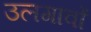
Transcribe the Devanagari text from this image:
उलगावों